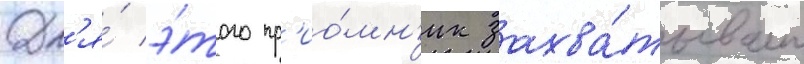
Дл'я́ э́того пр'ио́мн'ик захва́тывает